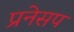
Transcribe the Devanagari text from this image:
प्रनेसप